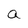
Character: a